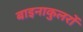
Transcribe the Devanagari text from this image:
बाइनाकुलरों